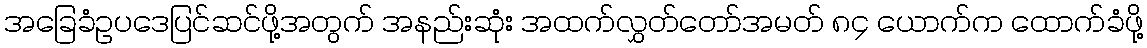
အခြေခံဥပဒေပြင်ဆင်ဖို့အတွက် အနည်းဆုံး အထက်လွှတ်တော်အမတ် ၈၄ ယောက်က ထောက်ခံဖို့